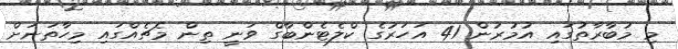
މި މުބާރާތުގައި އުމުރުން 41 އަހަރުގެ ކްލެޓެންބާގް ވަނީ ތިން މެޗެއްގައި މިހާތަނަށް